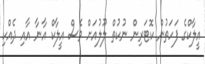
އީލާކްގެ ފަހަތުން ކޮޓަރިން ނުކުތް ލޫލުއަށް ވެސް އީލާކް އާނާ އާއި ދެއްކި